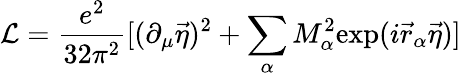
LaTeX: {\cal L}=\frac{e^{2}}{32\pi^{2}}[(\partial_{\mu}\vec{\eta})^{2}+\sum_{\alpha}M_{\alpha}^{2}\mathrm{exp}(i\vec{r}_{\alpha}\vec{\eta})]